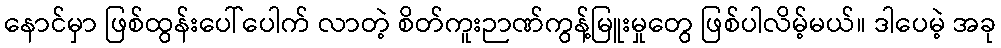
နောင်မှာ ဖြစ်ထွန်းပေါ်ပေါက် လာတဲ့ စိတ်ကူးဉာဏ်ကွန့်မြူးမှုတွေ ဖြစ်ပါလိမ့်မယ်။ ဒါပေမဲ့ အခု